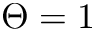
\Theta = 1